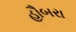
હૌબરા